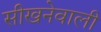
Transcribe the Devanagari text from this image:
सीखनेवाली